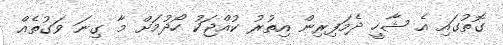
ގޮތުގައި އެ ޝާހީ ދެމަފިރިން އިތުރު ކުއްޖަކު ހޯދުމަށް މާ ގިނަ ވަގުތެއް